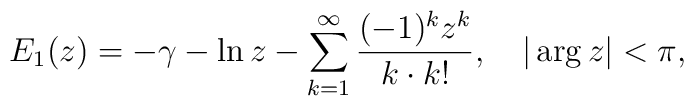
E_1(z) =-\gamma -\ln z- \sum^\infty_{k=1}\frac{(-1)^kz^k}{k\cdot k!},\quad |\arg z |<\pi {,}